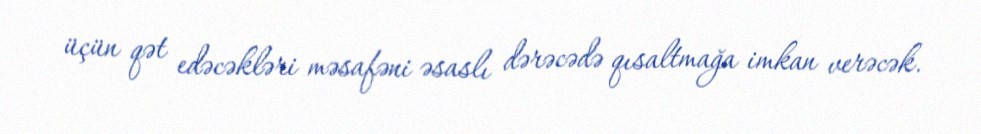
üçün qət edəcəkləri məsafəni əsaslı dərəcədə qısaltmağa imkan verəcək.